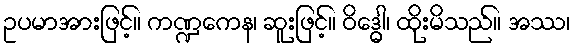
ဥပမာအားဖြင့်။ ကဏ္ဍကေန၊ ဆူးဖြင့်။ ဝိဒ္ဓေါ၊ ထိုးမိသည်။ အဿ၊